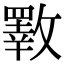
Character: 斁